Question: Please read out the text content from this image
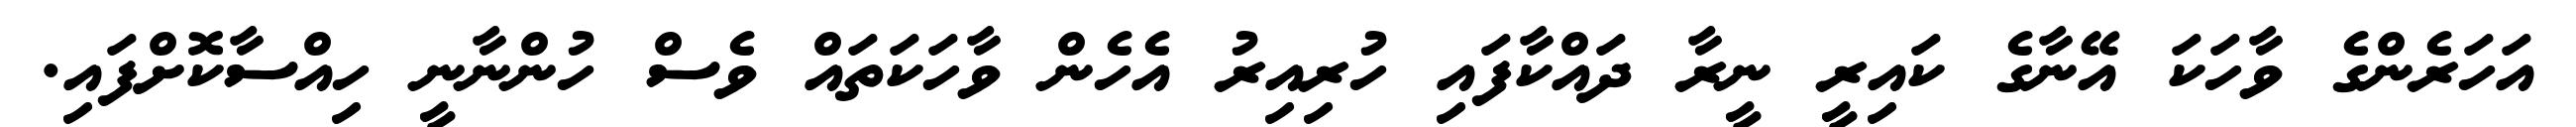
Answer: އަހަރެންގެ ވާހަކަ އޭނާގެ ކައިރީ ނީރާ ދައްކާފައި ހުރިއިރު އެހެން ވާހަކަތައް ވެސް ހުންނާނީ ހިއްސާކޮށްފައި.